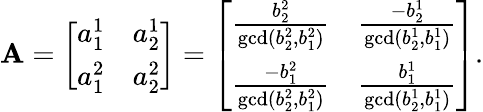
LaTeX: \mathbf{A}=\left[\begin{array}{cc}{a_{1}^{1}}&{a_{2}^{1}}\\ {a_{1}^{2}}&{a_{2}^{2}}\end{array}\right]=\left[\begin{array}{cc}{\frac{b_{2}^{2}}{\operatorname*{gcd}(b_{2}^{2},b_{1}^{2})}}&{\frac{-b_{2}^{1}}{\operatorname*{gcd}(b_{2}^{1},b_{1}^{1})}}\\ {\frac{-b_{1}^{2}}{\operatorname*{gcd}(b_{2}^{2},b_{1}^{2})}}&{\frac{b_{1}^{1}}{\operatorname*{gcd}(b_{2}^{1},b_{1}^{1})}}\end{array}\right].